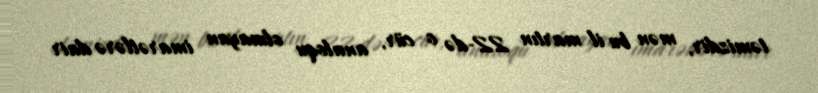
təmizdir, mən bu il martın 22-də o cür, analoqu olmayan imarətlərə dair